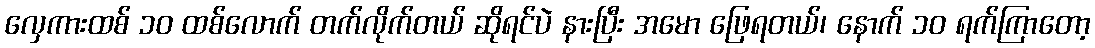
လှေကားထစ် ၁၀ ထစ်လောက် တက်လိုက်တယ် ဆိုရင်ပဲ နားပြီး အမော ဖြေရတယ်၊ နောက် ၁၀ ရက်ကြာတော့